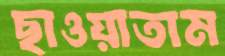
ছাওয়াতাম